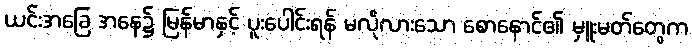
ယင်းအခြေ အနေ၌ မြန်မာနှင့် ပူးပေါင်းရန် မလိုလားသော စောနောင်၏ မှူးမတ်တွေက